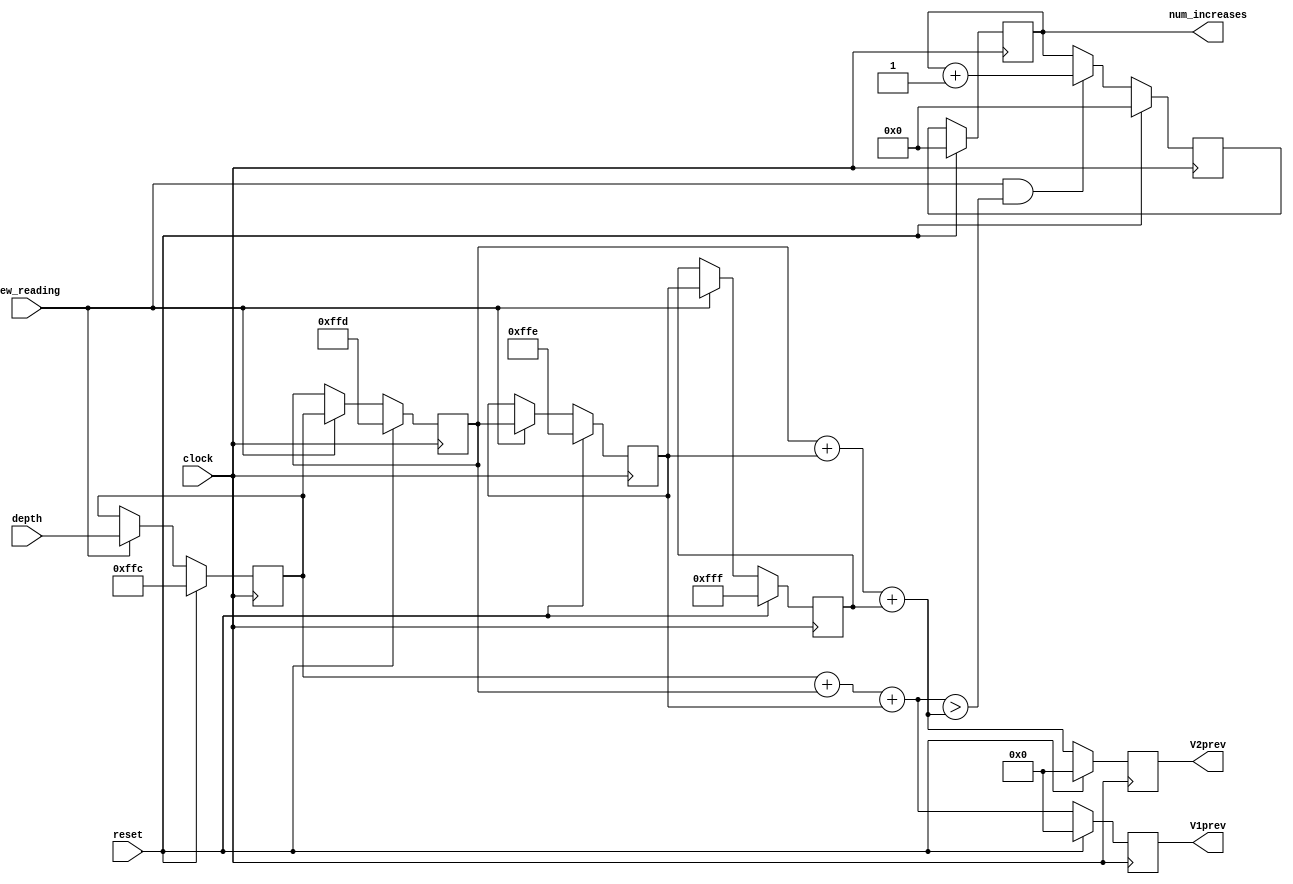
`timescale 1ns / 1ns
//////////////////////////////////////////////////////////////////////////////////
// 
// Design Name: Depth_Increases
// Module Name: Depth_Increases
// Description: Hardware to detect an increase between two sliding window sums
//////////////////////////////////////////////////////////////////////////////////


module Depth_Increases(
    input clock,
    input reset,
    input [13:0] depth,
    input new_reading,
    output reg [10:0] num_increases,
    output reg [14:0] V1prev,
    output reg [14:0] V2prev
    );
    
    reg [13:0] A_curr,A_next,B_curr,B_next,C_curr,C_next,D_curr,D_next;
    wire increase;
    reg [10:0] increases_next;
    wire [14:0] V1, V2;
    
    always @ (posedge clock)
    begin
        if (reset)
        begin
            A_curr <= 14'hffc;
            B_curr <= 14'hffd;
            C_curr <= 14'hffe;
            D_curr <= 14'hfff;
            num_increases =11'd0;
            V1prev <= 14'd0;
            V2prev <= 14'd0;
        end
        else
        begin
            A_curr <= A_next;
            B_curr <= B_next;
            C_curr <= C_next;
            D_curr <= D_next;
            num_increases = increases_next;
            V1prev <= V1;
            V2prev <= V2;
        end
    end
    
    always @ ( * ) 
        if (new_reading)
        begin
            A_next = depth;
            B_next = A_curr;
            C_next = B_curr;
            D_next = C_curr;
        end
        else
        begin
            A_next = A_curr;
            B_next = B_curr; 
            C_next = C_curr;
            D_next = D_curr;
        end
    assign V1 = A_curr+B_curr+C_curr;
    assign V2= B_curr + C_curr + D_curr;
    
    assign increase = (V1 > V2);  
    
    always @ (posedge clock)
    begin
        if(reset)
            increases_next = 11'd0;
        else if (new_reading && increase)
            increases_next = num_increases+1'b1;
        else
            increases_next = num_increases;
    end
endmodule